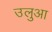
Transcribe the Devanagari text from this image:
उलुआ